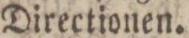
Directionen.